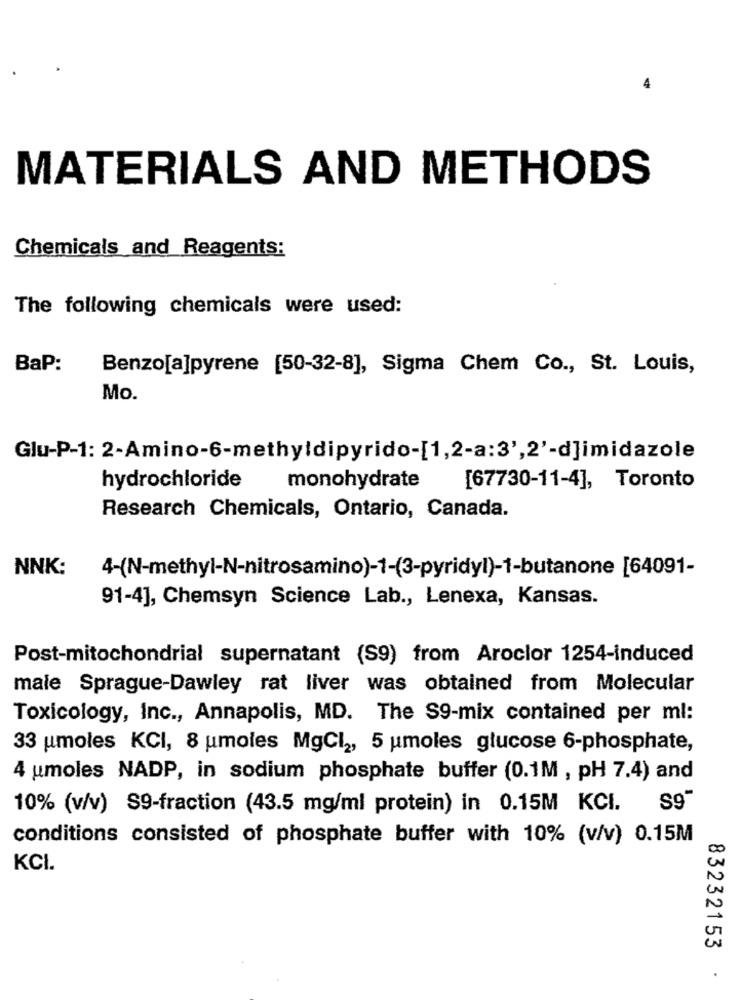
MATERIALS AND METHODS
Chemicals and Reagents:
The following chemicals were used:
BaP:
Benzo[a]pyrene [50-32-8], Sigma Chem Co ., St. Louis,
Mo.
Glu-P-1: 2-Amino-6-methyldipyrido-[1,2-a:3',2'-d]imidazole
monohydrate
hydrochloride
[67730-11-4], Toronto
Research Chemicals, Ontario, Canada.
NNK:
4-(N-methyl-N-nitrosamino)-1-(3-pyridyl)-1-butanone [64091-
91-4], Chemsyn Science Lab ., Lenexa, Kansas.
Post-mitochondrial supernatant (S9) from Aroclor 1254-induced
male Sprague-Dawley rat liver was obtained from Molecular
Toxicology, Inc ., Annapolis, MD. The S9-mix contained per ml:
33 umoles KCI, 8 umoles MgCl2, 5 umoles glucose 6-phosphate,
4 umoles NADP, in sodium phosphate buffer (0.1M , pH 7.4) and
10% (v/v) S9-fraction (43.5 mg/ml protein) in 0.15M KCI. S9"
conditions consisted of phosphate buffer with 10% (v/v) 0.15M
KCI.
83232153
.